65_HS1-834228961_62-HQ-83894_Section_10
Agency: FBI
Page 166
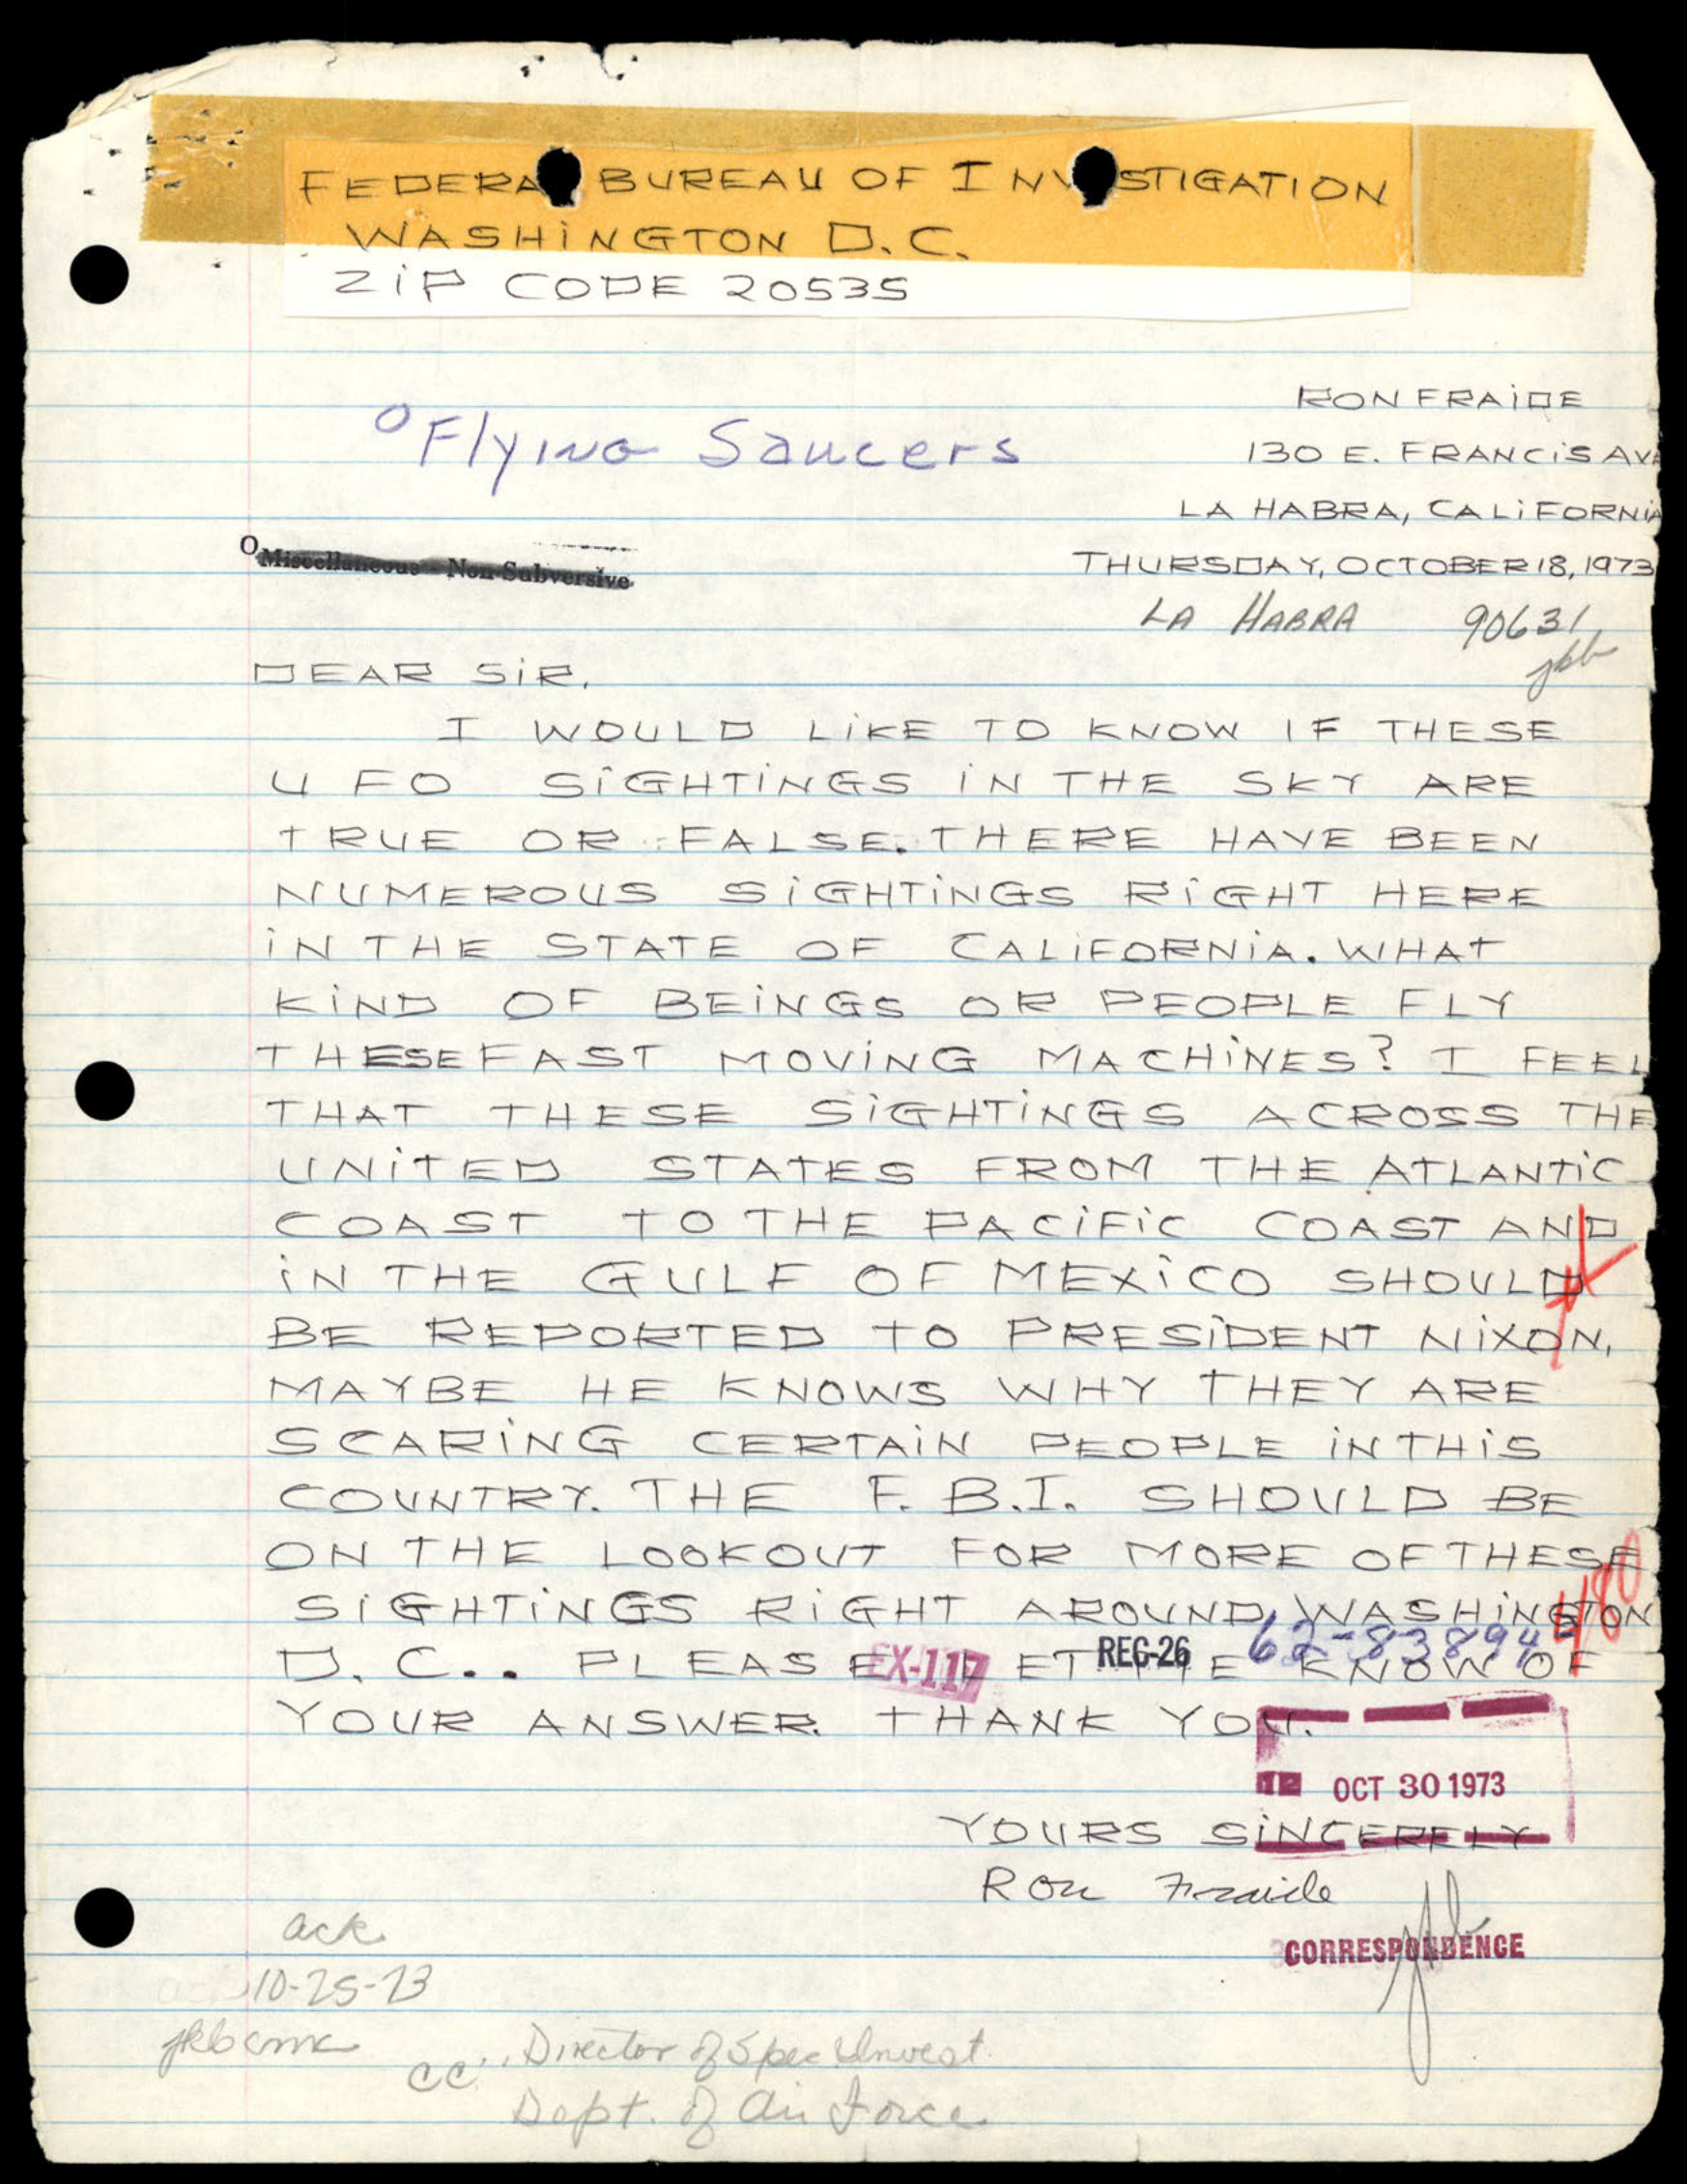